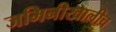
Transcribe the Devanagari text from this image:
जमिनीखालीच